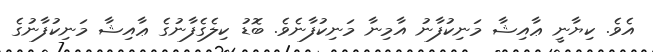
އެވެ. ކިޔާނީ ޢާއިޝާ މަނިކުފާނު އާމިނާ މަނިކުފާނެވެ. ބޮޑު ކިލެގެފާނުގެ ޢާއިޝާ މަނިކުފާނުގެ